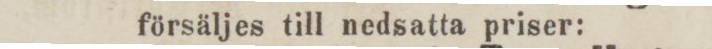
försäljes till nedsatta priser: